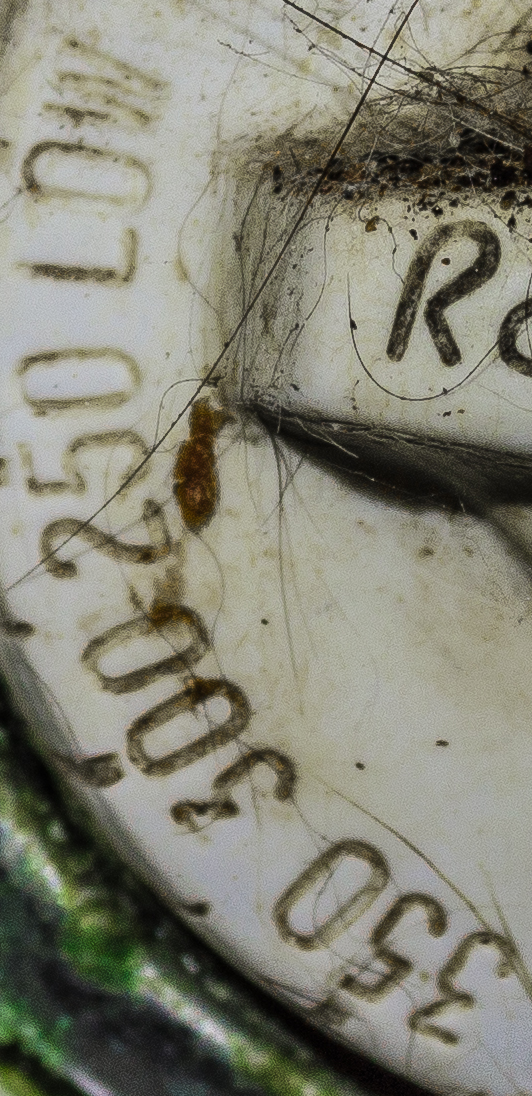
350 300250 LOW